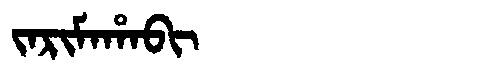
Manchu: ᠵᠠᡵᡳᠮᠠᡥᠠᠪᡳ
Romanization: JARIMAHABI